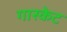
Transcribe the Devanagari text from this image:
गास्केट